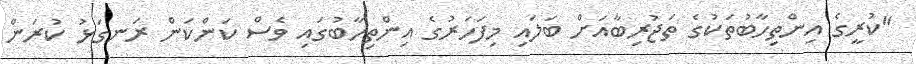
"ކުރީގެ އިންތިހާބުތަކުގެ ތަޖުރިބާއަށް ބަލައި މިފަހަރުގެ އިންތިހާބުގައި ވެސް ކަންކަން ރަނގަޅު ކުރަން